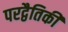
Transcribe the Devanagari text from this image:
परद्वैतिकी